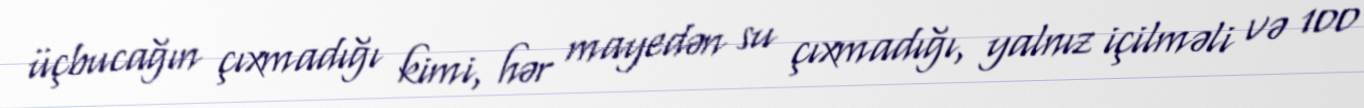
üçbucağın çıxmadığı kimi, hər mayedən su çıxmadığı, yalnız içilməli və 100